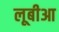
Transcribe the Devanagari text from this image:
लूबीआ